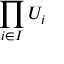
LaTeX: \prod _ { i \in I } U _ { i }